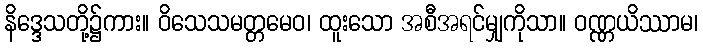
နိဒ္ဒေသတို့၌ကား။ ဝိသေသမတ္တမေဝ၊ ထူးသော အစီအရင်မျှကိုသာ။ ဝဏ္ဏယိဿာမ၊